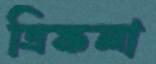
ত্রিফলা